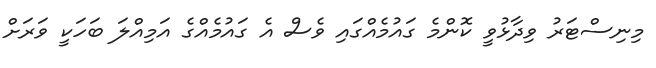
މިނިސްޓަރު ވިދާޅުވީ ކޮންމެ ގައުމެއްގައި ވެސް އެ ގައުމެއްގެ އަމިއްލަ ބަހަކީ ވަރަށް